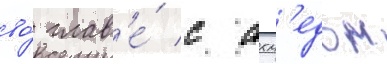
во́ глав'е́ с ахм'едом